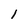
Character: l